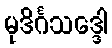
မုဒိင်္ဂသဒ္ဒေါ